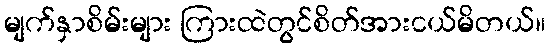
မျက်နှာစိမ်းများ ကြားထဲတွင်စိတ်အားငယ်မိတယ်။